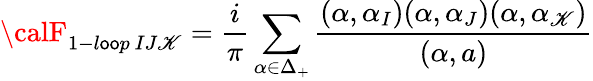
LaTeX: {\calF}_{1-l\mathsf{o}\mathsf{o}p\ IJ\mathscr{K}}={\frac{{i}}{{\pi}}}\sum_{\alpha\in\Delta_{+}}{\frac{{(\alpha,\alpha_{I})(\alpha,\alpha_{J})(\alpha,\alpha_{\mathscr{K}})}}{{(\alpha,a)}}}